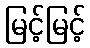
မြင့်မြင့်